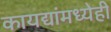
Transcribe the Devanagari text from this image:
कायद्यांमध्येही